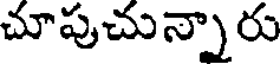
చూపుచున్నారు